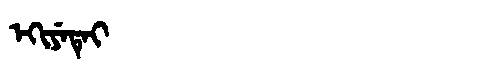
Manchu: ᡝᡴᡳᠶᡝᡨᡝᡳ
Romanization: EKIYETEI